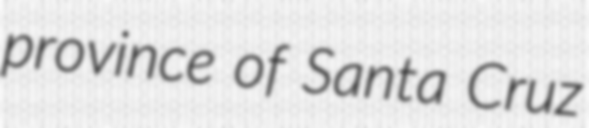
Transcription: province of Santa Cruz